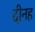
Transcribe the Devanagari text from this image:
दीनह